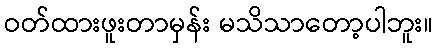
ဝတ်ထားဖူးတာမှန်း မသိသာတော့ပါဘူး။